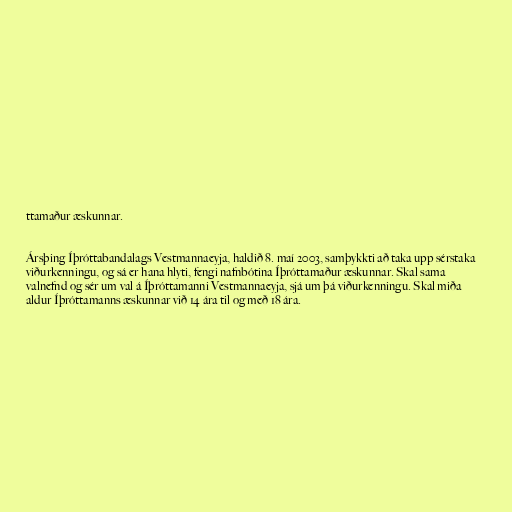
ttamaður æskunnar.

Ársþing Íþróttabandalags Vestmannaeyja, haldið 8. maí 2003, samþykkti að taka upp sérstaka
viðurkenningu, og sá er hana hlyti, fengi nafnbótina Íþróttamaður æskunnar. Skal sama
valnefnd og sér um val á Íþróttamanni Vestmannaeyja, sjá um þá viðurkenningu. Skal miða
aldur Íþróttamanns æskunnar við 14 ára til og með 18 ára.